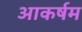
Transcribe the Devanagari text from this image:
आकर्षम